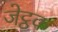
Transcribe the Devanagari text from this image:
जेट्ठक